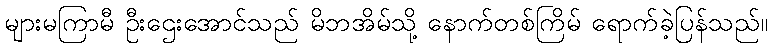
များမကြာမီ ဦးဌေးအောင်သည် မိဘအိမ်သို့ နောက်တစ်ကြိမ် ရောက်ခဲ့ပြန်သည်။